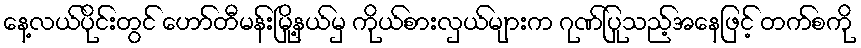
နေ့လယ်ပိုင်းတွင် ဟော်တီမန်းမြို့နယ်မှ ကိုယ်စားလှယ်များက ဂုဏ်ပြုသည့်အနေဖြင့် တက်စကို